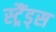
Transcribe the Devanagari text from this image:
स्ट्रैंड्स